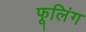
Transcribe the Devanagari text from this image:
फूलिंग